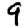
Digit: 9